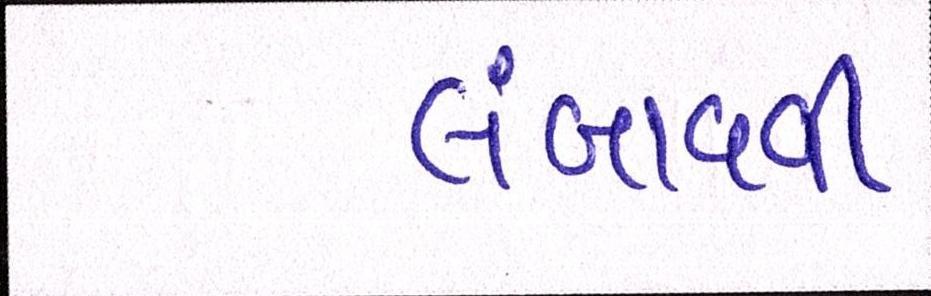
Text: લંબાવવી